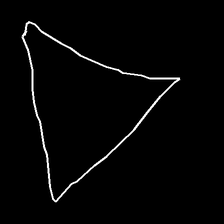
Glyph: convergence